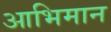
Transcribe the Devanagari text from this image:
आभिमान